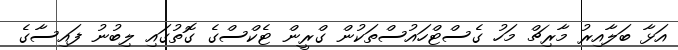
އަޅާ ބަލާއިރު މާރިޗް މަހު ގެސްޓްހައުސްތަކުން ގްރީން ޓެކްސްގެ ގޮތުގައި ލިބުނު ފައިސާގެ